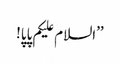
’’السلام علیکم پاپا!